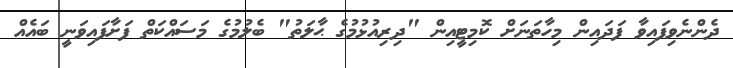
ދެންނެވިފައިވާ ފަދައިން މިހާތަނަށް ކޮމިޓީއިން "ދިރިއުޅުމުގެ ޙާލަތު" ބެލުމުގެ މަސައްކަތް ފަށާފައިވަނީ ބައެއް